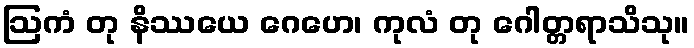
ဩကံ တု နိဿယေ ဂေဟေ၊ ကုလံ တု ဂေါတ္တရာသိသု။